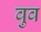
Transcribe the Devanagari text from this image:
वुव